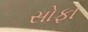
સોફા